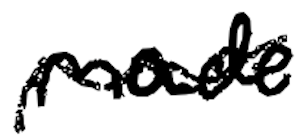
Text: made
Cross-out: wave
Writing tool: digital_black